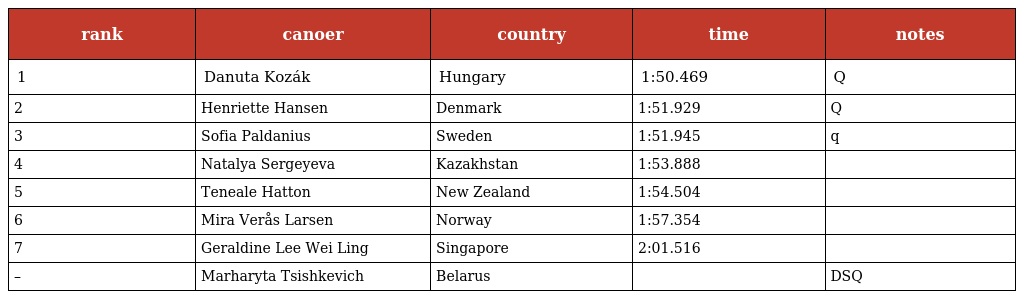
| rank | canoer | country | time | notes |
 | --- | --- | --- | --- | --- |
 | 1 | Danuta Kozák | Hungary | 1:50.469 | Q |
 | 2 | Henriette Hansen | Denmark | 1:51.929 | Q |
 | 3 | Sofia Paldanius | Sweden | 1:51.945 | q |
 | 4 | Natalya Sergeyeva | Kazakhstan | 1:53.888 |  |
 | 5 | Teneale Hatton | New Zealand | 1:54.504 |  |
 | 6 | Mira Verås Larsen | Norway | 1:57.354 |  |
 | 7 | Geraldine Lee Wei Ling | Singapore | 2:01.516 |  |
 | – | Marharyta Tsishkevich | Belarus |  | DSQ |